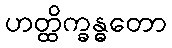
ဟတ္ထိက္ခန္ဓတော